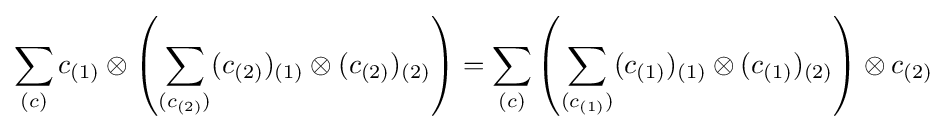
\sum _{(c)}c_{(1)}\otimes \left(\sum _{(c_{(2)})}(c_{(2)})_{(1)}\otimes (c_{(2)})_{(2)}\right)=\sum _{(c)}\left(\sum _{(c_{(1)})}(c_{(1)})_{(1)}\otimes (c_{(1)})_{(2)}\right)\otimes c_{(2)}